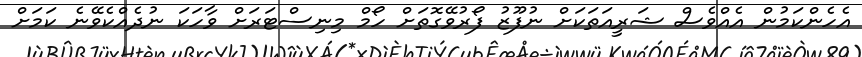
އެހެންކަމުން އެއްވެސް ޝަރީއަތަކަށް ނުފޫޒު ފޯރުވޭގޮތަށް ހޯމް މިނިސްޓަރަށް ވާހަކަ ނުދެއްކެވޭނެ ކަމަށް